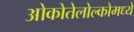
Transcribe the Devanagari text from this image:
ओकोतेलोल्कोमध्ये